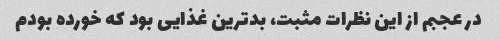
در عجبم از این نظرات مثبت، بدترین غذایی بود که خورده بودم